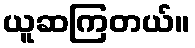
ယူဆကြတယ်။